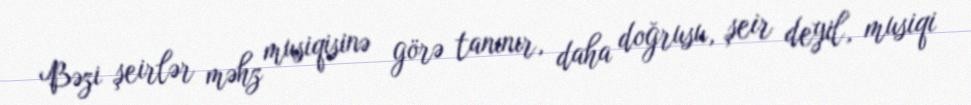
Bəzi şeirlər məhz musiqisinə görə tanınır, daha doğrusu, şeir deyil, musiqi